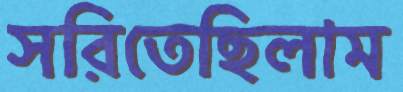
সরিতেছিলাম